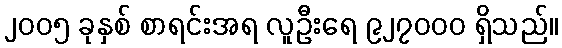
၂၀၀၅ ခုနှစ် စာရင်းအရ လူဦးရေ ၉၂၇၀၀၀ ရှိသည်။